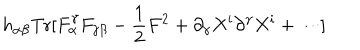
h _ { \alpha \beta } \mathrm { T r } [ F _ { \alpha } ^ { \gamma } F _ { \gamma \beta } - { \frac { 1 } { 2 } } F ^ { 2 } + \partial _ { \gamma } X ^ { i } \partial ^ { \gamma } X ^ { i } + \cdots ]